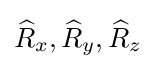
{\widehat {R}}_{x},{\widehat {R}}_{y},{\widehat {R}}_{z}